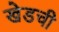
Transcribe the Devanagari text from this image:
खेडची